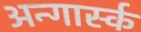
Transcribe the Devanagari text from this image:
अन्गार्स्क